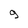
Character: 9